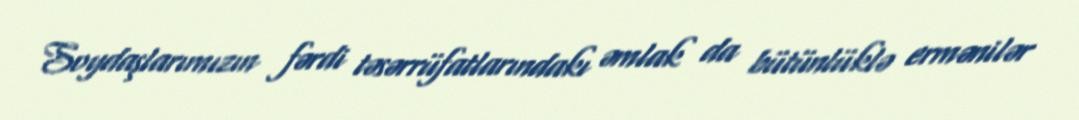
Soydaşlarımızın fərdi təsərrüfatlarındakı əmlak da bütünlüklə ermənilər